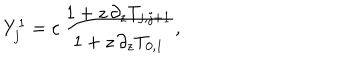
Y _ { j } ^ { 1 } = c \, \frac { 1 + z \, \partial _ { z } T _ { j , j + 1 } } { 1 + z \, \partial _ { z } T _ { 0 , 1 } } ,